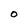
Character: O